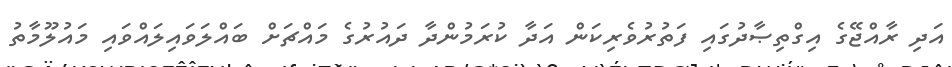
އަދި ރާއްޖޭގެ އިގްތިޞާދުގައި ފަތުރުވެރިކަން އަދާ ކުރަމުންދާ ދައުރުގެ މައްޗަށް ބައްލަވައިލައްވައި މައުލޫމާތު